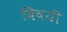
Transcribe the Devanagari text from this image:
विषयॊ